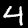
Digit: 4